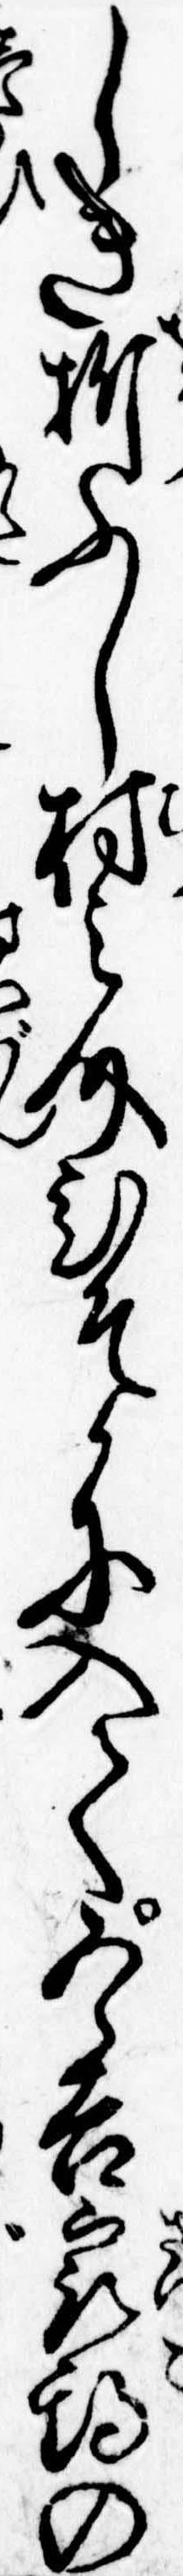
しき折ふし村之介ひそかに入て五郎吉最期の